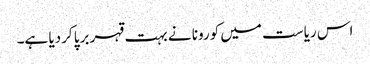
اس ریاست میں کورونا نے بہت قہر برپا کردیا ہے۔